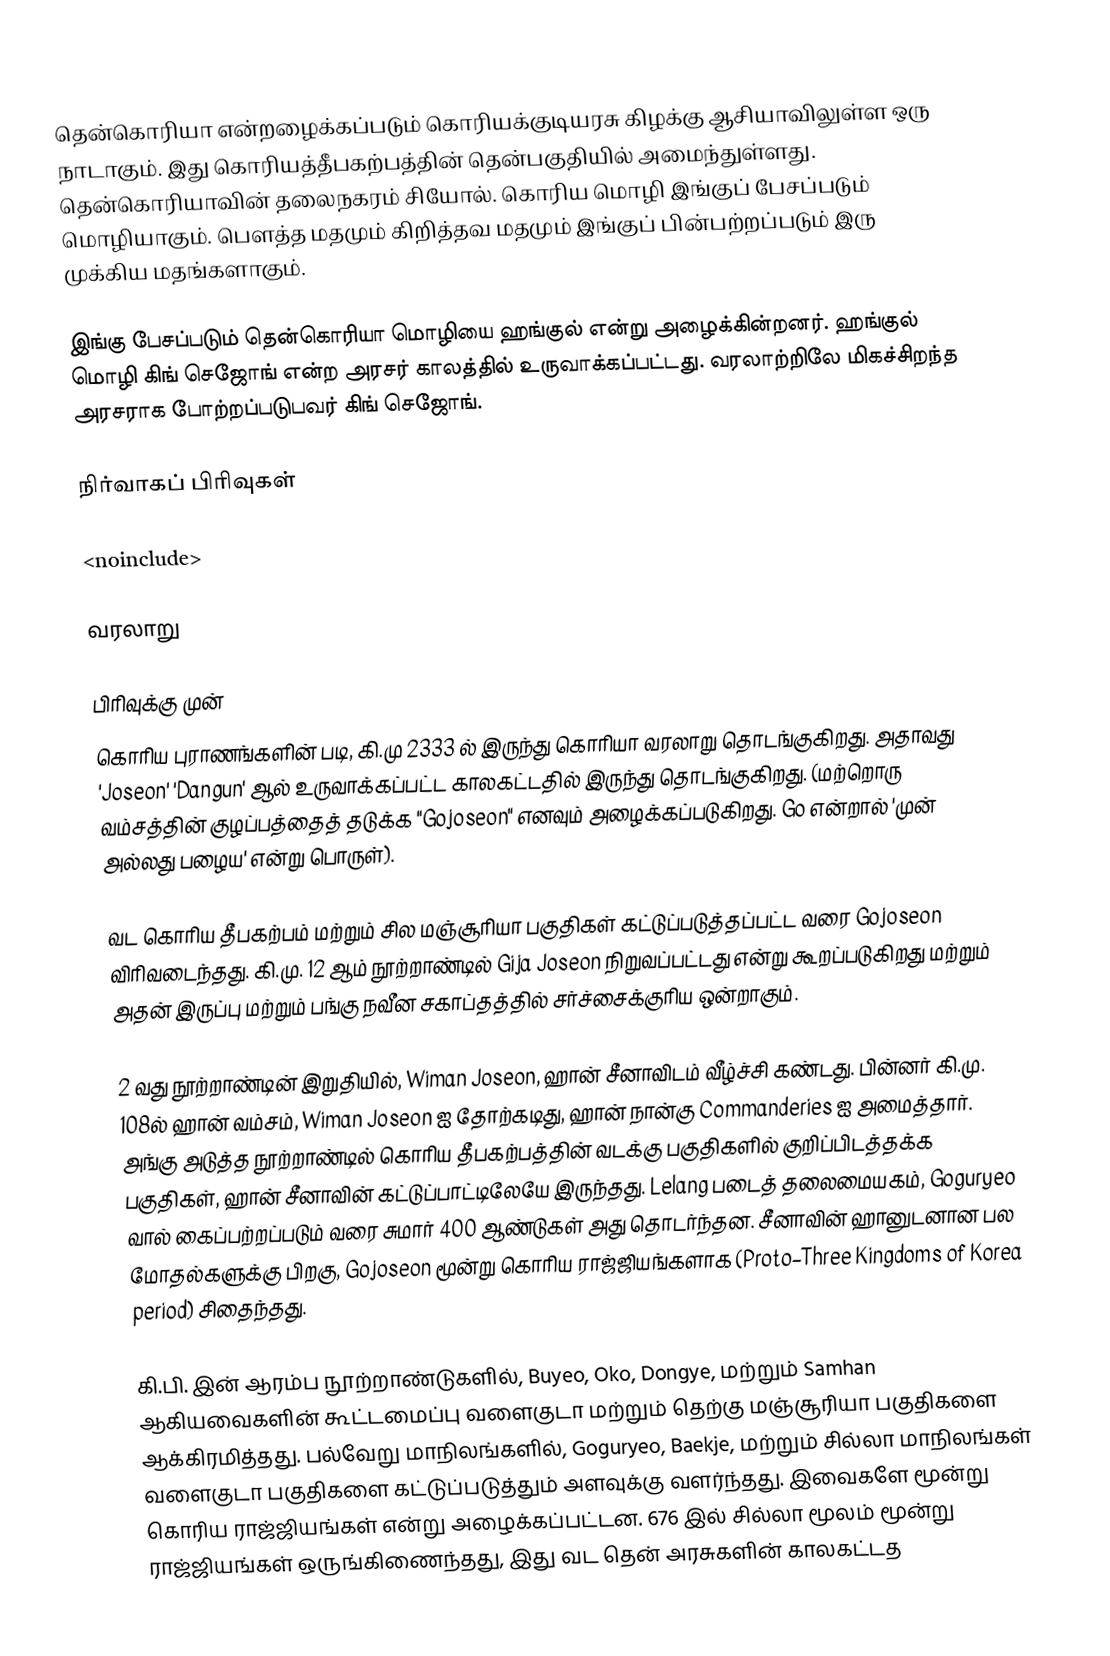
தென்கொரியா என்றழைக்கப்படும் கொரியக்குடியரசு கிழக்கு ஆசியாவிலுள்ள ஒரு நாடாகும். இது கொரியத்தீபகற்பத்தின் தென்பகுதியில் அமைந்துள்ளது. தென்கொரியாவின் தலைநகரம் சியோல். கொரிய மொழி இங்குப் பேசப்படும் மொழியாகும். பௌத்த மதமும்  கிறித்தவ மதமும் இங்குப் பின்பற்றப்படும் இரு முக்கிய மதங்களாகும்.

இங்கு பேசப்படும் தென்கொரியா மொழியை ஹங்குல் என்று அழைக்கின்றனர். ஹங்குல் மொழி கிங் செஜோங் என்ற அரசர் காலத்தில் உருவாக்கப்பட்டது. வரலாற்றிலே மிகச்சிறந்த அரசராக போற்றப்படுபவர் கிங் செஜோங்.

நிர்வாகப் பிரிவுகள்

<noinclude>

வரலாறு

பிரிவுக்கு முன்
கொரிய புராணங்களின் படி, கி.மு 2333 ல் இருந்து  கொரியா வரலாறு தொடங்குகிறது. அதாவது 'Joseon'  'Dangun'  ஆல் உருவாக்கப்பட்ட காலகட்டதில் இருந்து தொடங்குகிறது. (மற்றொரு வம்சத்தின் குழப்பத்தைத் தடுக்க "Gojoseon" எனவும் அழைக்கப்படுகிறது. Go என்றால் 'முன் அல்லது பழைய' என்று பொருள்).

வட கொரிய தீபகற்பம் மற்றும் சில மஞ்சூரியா  பகுதிகள் கட்டுப்படுத்தப்பட்ட வரை Gojoseon விரிவடைந்தது. கி.மு. 12 ஆம் நூற்றாண்டில்  Gija Joseon நிறுவப்பட்டது என்று கூறப்படுகிறது மற்றும் அதன் இருப்பு மற்றும் பங்கு நவீன சகாப்தத்தில் சர்ச்சைக்குரிய ஒன்றாகும்.

2 வது நூற்றாண்டின் இறுதியில், Wiman Joseon, ஹான் சீனாவிடம் வீழ்ச்சி கண்டது. பின்னர் கி.மு. 108ல் ஹான் வம்சம், Wiman Joseon ஐ தோற்கடிது, ஹான் நான்கு Commanderies ஐ அமைத்தார். அங்கு அடுத்த நூற்றாண்டில் கொரிய தீபகற்பத்தின் வடக்கு பகுதிகளில் குறிப்பிடத்தக்க பகுதிகள், ஹான் சீனாவின் கட்டுப்பாட்டிலேயே இருந்தது. Lelang படைத் தலைமையகம், Goguryeo வால் கைப்பற்றப்படும் வரை சுமார் 400 ஆண்டுகள் அது தொடர்ந்தன. சீனாவின் ஹானுடனான பல மோதல்களுக்கு பிறகு, Gojoseon மூன்று கொரிய ராஜ்ஜியங்களாக (Proto–Three Kingdoms of Korea period) சிதைந்தது.

கி.பி. இன் ஆரம்ப நூற்றாண்டுகளில், Buyeo, Oko, Dongye, மற்றும் Samhan ஆகியவைகளின் கூட்டமைப்பு வளைகுடா மற்றும் தெற்கு மஞ்சூரியா பகுதிகளை ஆக்கிரமித்தது. பல்வேறு மாநிலங்களில், Goguryeo, Baekje, மற்றும் சில்லா மாநிலங்கள் வளைகுடா பகுதிகளை கட்டுப்படுத்தும் அளவுக்கு வளர்ந்தது. இவைகளே மூன்று கொரிய ராஜ்ஜியங்கள் என்று அழைக்கப்பட்டன. 676 இல் சில்லா மூலம் மூன்று ராஜ்ஜியங்கள் ஒருங்கிணைந்தது, இது வட தென் அரசுகளின் காலகட்டத